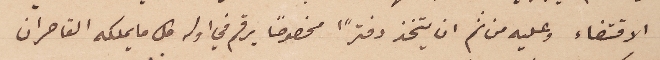
الاقتضاء وعليه من ثم ان يتخذ دفترًا مخصوصاً يرقم في اوله كل ما يملكه القاصران